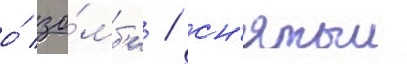
о́ зо́мб'и / сн'ятыи